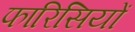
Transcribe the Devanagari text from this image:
फारिसियों